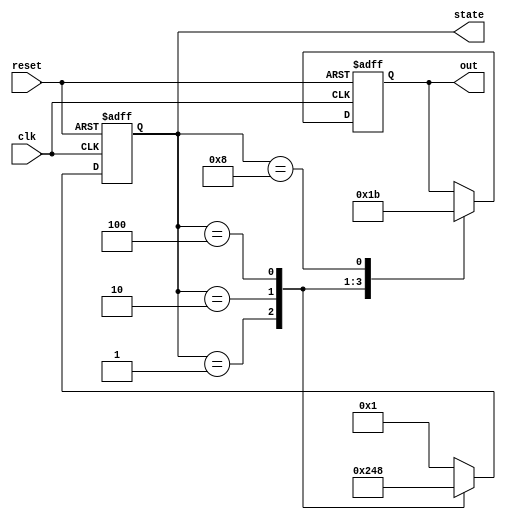
`timescale 1ns / 1ps

module one_hot_fsm (
  input clk, reset,
  output reg [3:0] state,
  output reg [1:0]out);

parameter [3:0] IDLE = 4'b0001,
                STATE1 = 4'b0010,
                STATE2 = 4'b0100,
                STATE3 = 4'b1000;

always @(posedge clk, posedge reset) begin
  if (reset) 
    begin
        state <= IDLE;
        out<= 2'b00;
    end 
    
  else 
    begin
    
    case(state)
    
      IDLE: begin
        out<= 2'b00;
        state <= STATE1;
      end
      
      STATE1: begin
        out<= 2'b01;
        state <= STATE2;
      end
      
      STATE2: begin
        out<= 2'b10;
        state <= STATE3;
      end
      
      STATE3: begin
        out<= 2'b11;
        state <= IDLE;
      end
      
      default: state <= IDLE;
      
    endcase
  end
end
endmodule